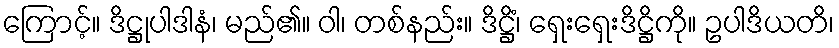
ကြောင့်။ ဒိဋ္ဌုပါဒါနံ၊ မည်၏။ ဝါ၊ တစ်နည်း။ ဒိဋ္ဌိံ၊ ရှေးရှေးဒိဋ္ဌိကို။ ဥပါဒိယတိ၊